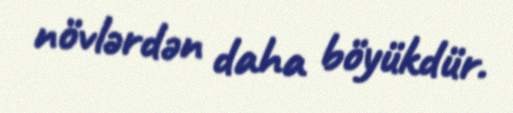
növlərdən daha böyükdür.